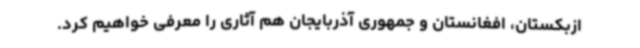
ازبکستان، افغانستان و جمهوری آذربایجان هم آثاری را معرفی خواهیم کرد.